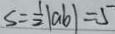
S = \frac { 1 } { 2 } \vert a b \vert = 5